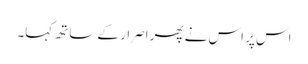
اس پر اس نے پھر اصرار کے ساتھ کہا۔